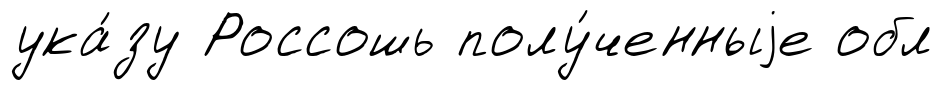
ука́зу Россошь полу́ченныjе обл